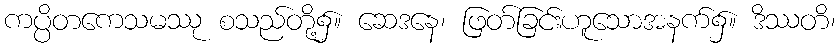
ကပ္ပိတကေသမဿု စသည်တို့၌။ ဆေဒနေ၊ ဖြတ်ခြင်းဟူသောအနက်၌။ ဒိဿတိ၊